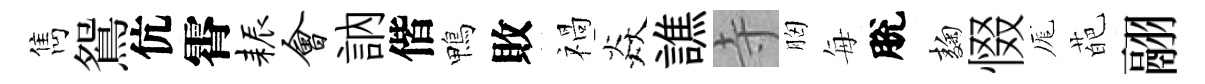
雋鴛伉霄耨会訥偕鴨敗禍焱譙寺胸每脫麹惙厖葩翮